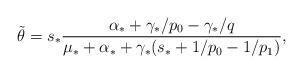
LaTeX: \begin{align*}\tilde \theta = s_*\frac{\alpha_*+\gamma_*/p_0‐\gamma_*/q}{\mu_*+\alpha_*+\gamma_*(s_*+1/p_0‐1/p_1)},\end{align*}